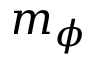
m _ { \phi }